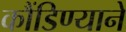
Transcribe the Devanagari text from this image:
कौंडिण्याने